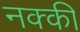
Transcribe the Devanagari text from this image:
नक्‍की